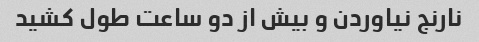
نارنج نیاوردن و بیش از دو ساعت طول کشید